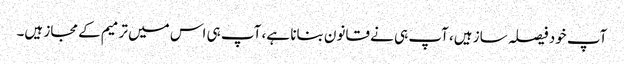
آپ خود فیصلہ ساز ہیں، آپ ہی نے قانون بنانا ہے، آپ ہی اس میں ترمیم کے مجاز ہیں۔